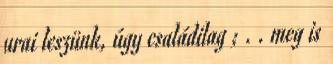
urai leszünk, úgy családilag ; . . meg is